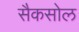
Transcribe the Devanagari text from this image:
सैकसोल